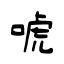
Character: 唬